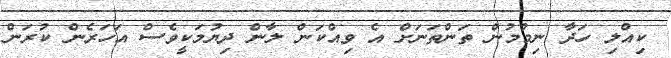
ކިއްލި ހަދާ ނިމުމުން ތަންތަނަށް އެ ވިއްކަން ލާން ދިޔުމަކީވެސް އަހަރެން ކުރަން